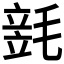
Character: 𣯓